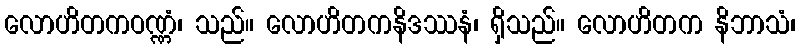
လောဟိတကဝဏ္ဏံ၊ သည်။ လောဟိတကနိဒဿနံ၊ ရှိသည်။ လောဟိတက နိဘာသံ၊